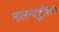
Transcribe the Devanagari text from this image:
मालन्यूट्रीशन